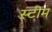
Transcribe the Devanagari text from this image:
स्‍टीम